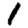
Digit: 1